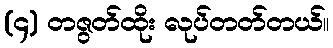
(၄) တဇွတ်ထိုး လုပ်တတ်တယ်။